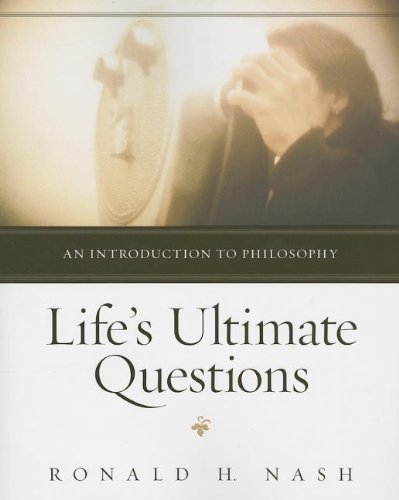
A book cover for Life's Ultimate Questions: An Introduction to Philosophy; Ronald H. Nash; Politics & Social Sciences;